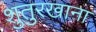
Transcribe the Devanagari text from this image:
शुतुरखाना